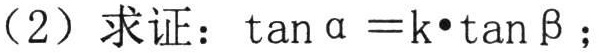
（2）求证：\(\tan\alpha = k\cdot\tan\beta\)；